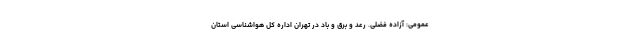
عمومی: آزاده فضلی. رعد و برق و باد در تهران اداره کل هواشناسی استان